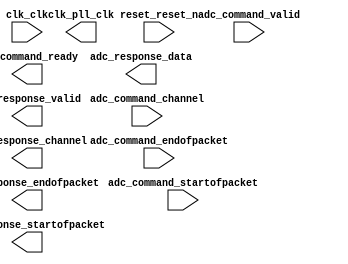

module adc (
	adc_command_valid,
	adc_command_channel,
	adc_command_startofpacket,
	adc_command_endofpacket,
	adc_command_ready,
	adc_response_valid,
	adc_response_channel,
	adc_response_data,
	adc_response_startofpacket,
	adc_response_endofpacket,
	clk_clk,
	clk_pll_clk,
	reset_reset_n);	

	input		adc_command_valid;
	input	[4:0]	adc_command_channel;
	input		adc_command_startofpacket;
	input		adc_command_endofpacket;
	output		adc_command_ready;
	output		adc_response_valid;
	output	[4:0]	adc_response_channel;
	output	[11:0]	adc_response_data;
	output		adc_response_startofpacket;
	output		adc_response_endofpacket;
	input		clk_clk;
	output		clk_pll_clk;
	input		reset_reset_n;
endmodule